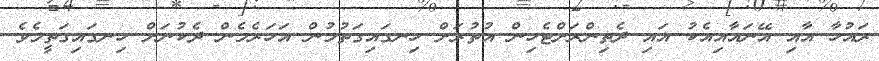
ރައުހާ އާއި އޭނައާއިއެކު އައި ދެތިންރަށްޓެހިން އުތުރަށް ހިނގައިގަތުމުން އަހަރެމެން ދެކުނަށް ހިނގައިގަތީމެވެ.